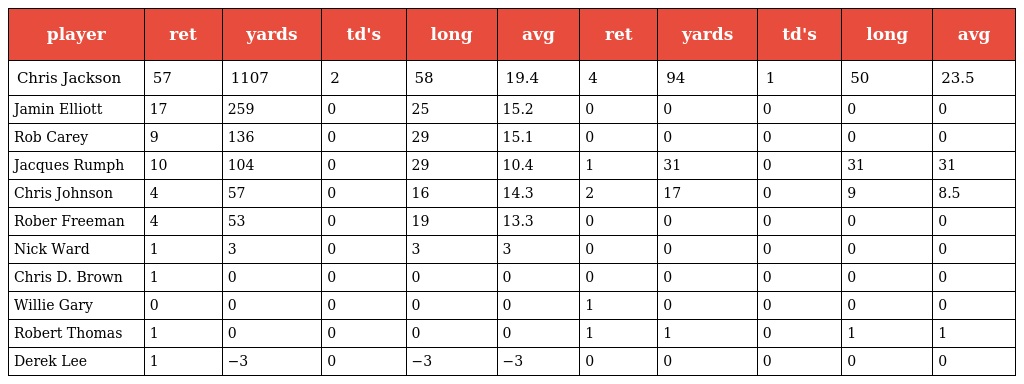
| player | ret | yards | td's | long | avg | ret | yards | td's | long | avg |
 | --- | --- | --- | --- | --- | --- | --- | --- | --- | --- | --- |
 | Chris Jackson | 57 | 1107 | 2 | 58 | 19.4 | 4 | 94 | 1 | 50 | 23.5 |
 | Jamin Elliott | 17 | 259 | 0 | 25 | 15.2 | 0 | 0 | 0 | 0 | 0 |
 | Rob Carey | 9 | 136 | 0 | 29 | 15.1 | 0 | 0 | 0 | 0 | 0 |
 | Jacques Rumph | 10 | 104 | 0 | 29 | 10.4 | 1 | 31 | 0 | 31 | 31 |
 | Chris Johnson | 4 | 57 | 0 | 16 | 14.3 | 2 | 17 | 0 | 9 | 8.5 |
 | Rober Freeman | 4 | 53 | 0 | 19 | 13.3 | 0 | 0 | 0 | 0 | 0 |
 | Nick Ward | 1 | 3 | 0 | 3 | 3 | 0 | 0 | 0 | 0 | 0 |
 | Chris D. Brown | 1 | 0 | 0 | 0 | 0 | 0 | 0 | 0 | 0 | 0 |
 | Willie Gary | 0 | 0 | 0 | 0 | 0 | 1 | 0 | 0 | 0 | 0 |
 | Robert Thomas | 1 | 0 | 0 | 0 | 0 | 1 | 1 | 0 | 1 | 1 |
 | Derek Lee | 1 | −3 | 0 | −3 | −3 | 0 | 0 | 0 | 0 | 0 |